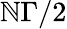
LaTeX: \mathbb{N}\Gamma/2